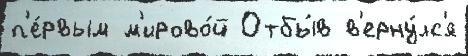
п'е́рвым м'ирово́й Отбы́в в'ерну́лс'я